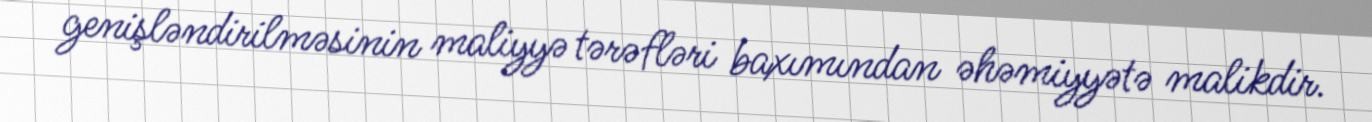
genişləndirilməsinin maliyyə tərəfləri baxımından əhəmiyyətə malikdir.